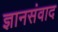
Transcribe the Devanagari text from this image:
ज्ञानसंवाद